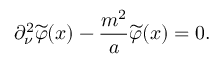
\partial _ { \nu } ^ { 2 } \widetilde { \varphi } ( x ) - \frac { m ^ { 2 } } { a } \widetilde { \varphi } ( x ) = 0 .